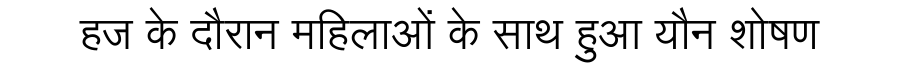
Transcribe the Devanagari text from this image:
हज के दौरान महिलाओं के साथ हुआ यौन शोषण